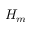
H _ { m }